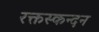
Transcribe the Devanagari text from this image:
रक्तस्कन्दन